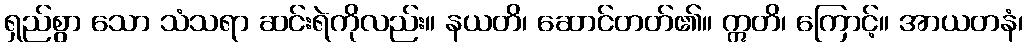
ရှည်စွာ သော သံသရာ ဆင်းရဲကိုလည်း။ နယတိ၊ ဆောင်တတ်၏။ ဣတိ၊ ကြောင့်။ အာယတနံ၊